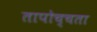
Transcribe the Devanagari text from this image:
तापोच्चता